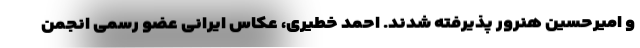
و امیرحسین هنرور پذیرفته شدند. احمد خطیری، عکاس ایرانی عضو رسمی انجمن